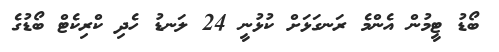
ބޯޑު ޓީމުން އެންމެ ރަނގަޅަށް ކުޅުނީ 24 ލަނޑު ހެދި ކްރިކެޓް ބޯޑުގެ